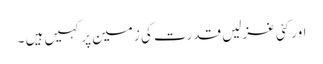
اور کئی غزلیں قدرت کی زمین پر کہیں ہیں ۔